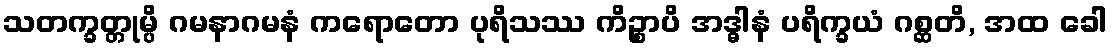
သတက္ခတ္တုမ္ပိ ဂမနာဂမနံ ကရောတော ပုရိသဿ ကိဉ္စာပိ အဒ္ဓါနံ ပရိက္ခယံ ဂစ္ဆတိ, အထ ခေါ